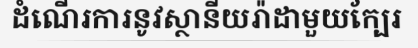
ដំណើរការនូវស្ថានីយរ៉ាដាមួយក្បែរ